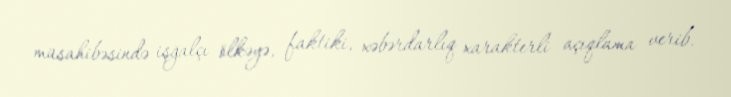
müsahibəsində işğalçı ölkəyə, faktiki, xəbərdarlıq xarakterli açıqlama verib.